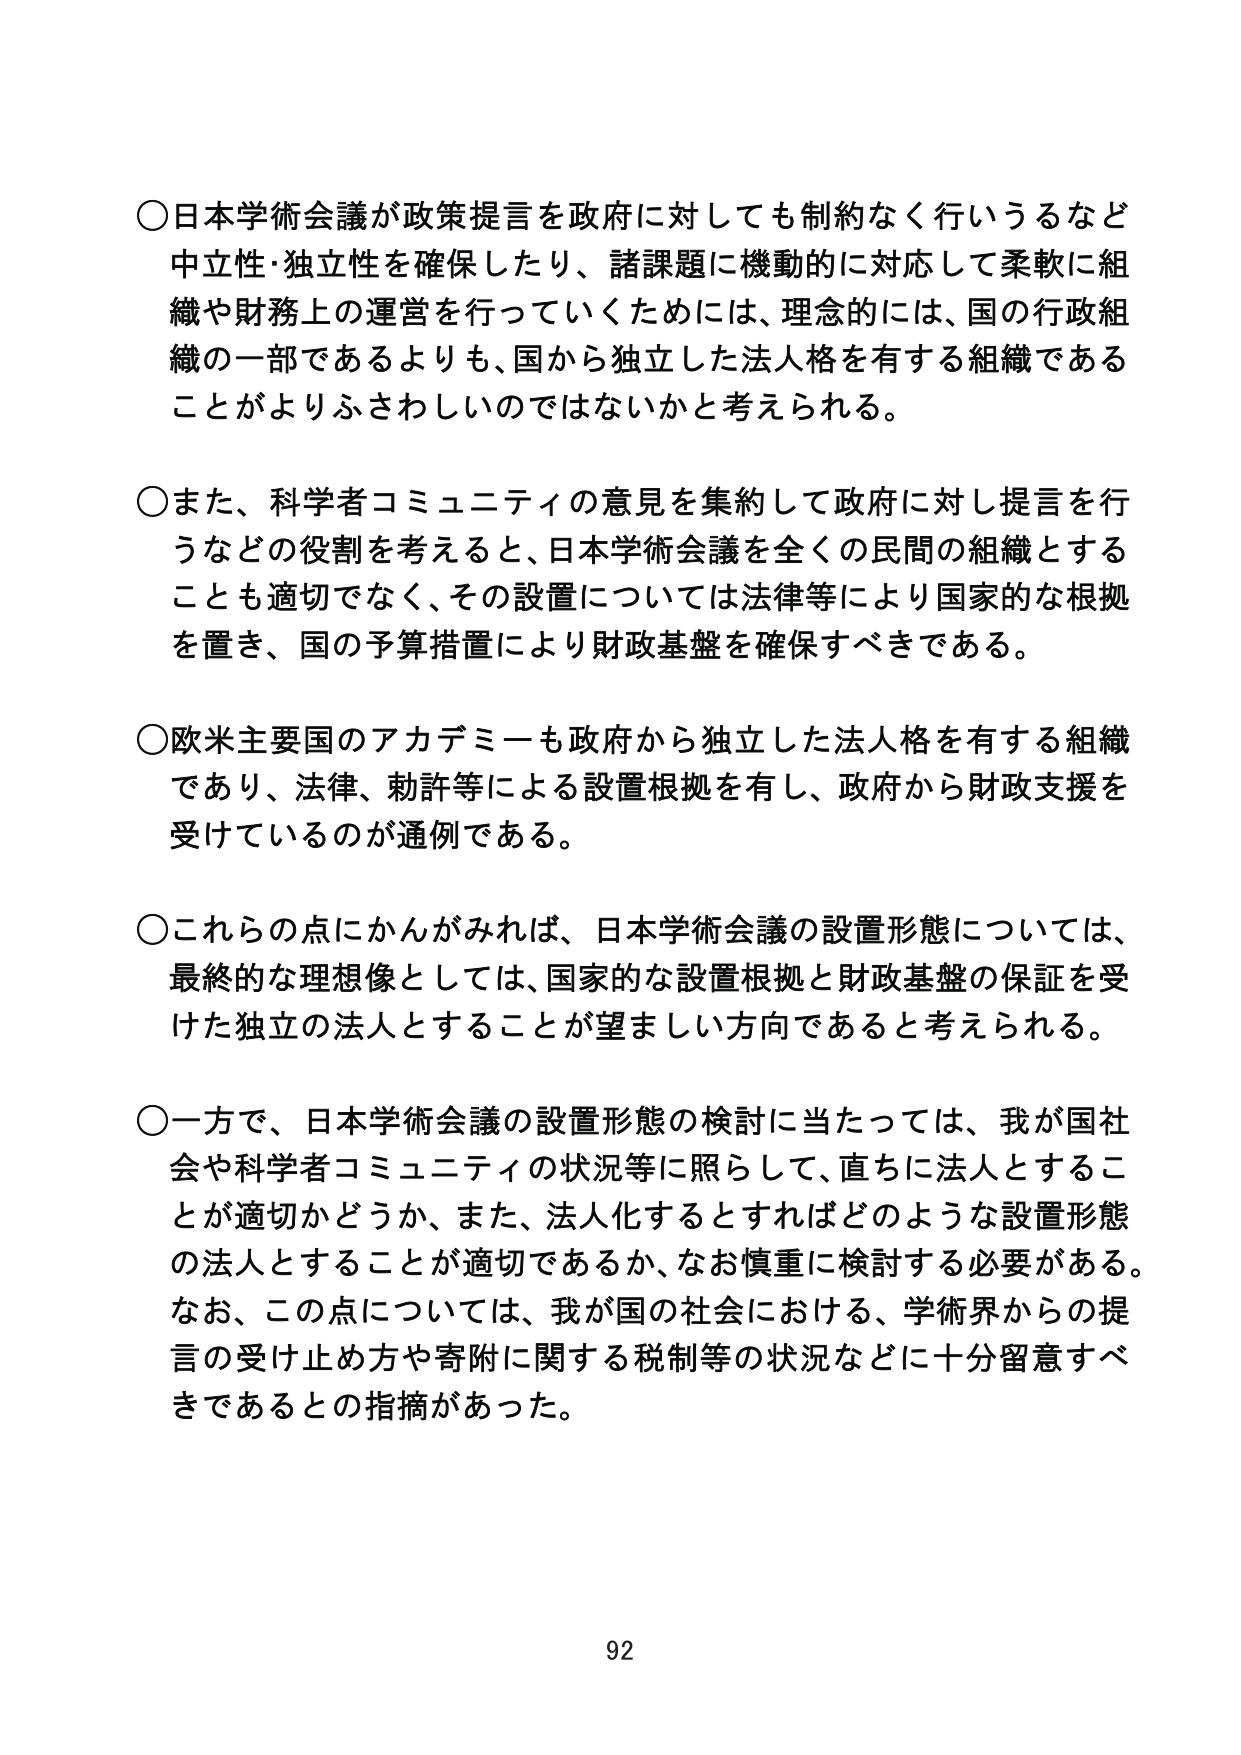
○日本学術会議が政策提言を政府に対しても制約なく行いうるなど中立性・独立性を確保したり、諸課題に機動的に対応して柔軟に組織や財務上の運営を行っていくためには、理念的には、国の行政組織の一部であるよりも、国から独立した法人格を有する組織であることがよりふさわしいのではないかと考えられる。

○また、科学者コミュニティの意見を集約して政府に対し提言を行うなどの役割を考えると、日本学術会議を全くの民間の組織とすることも適切でなく、その設置については法律等により国家的な根拠を置き、国の予算措置により財政基盤を確保すべきである。

○欧米主要国のアカデミーも政府から独立した法人格を有する組織であり、法律、勅許等による設置根拠を有し、政府から財政支援を受けているのが通例である。

○これらの点にかんがみれば、日本学術会議の設置形態については、最終的な理想像としては、国家的な設置根拠と財政基盤の保証を受けた独立の法人とすることが望ましい方向であると考えられる。

○一方で、日本学術会議の設置形態の検討に当たっては、我が国社会や科学者コミュニティの状況等に照らして、直ちに法人とすることが適切かどうか、また、法人化するとすればどのような設置形態の法人とすることが適切であるか、なお慎重に検討する必要がある。なお、この点については、我が国の社会における、学術界からの提言の受け止め方や寄附に関する税制等の状況などに十分留意すべきであるとの指摘があった。

92